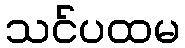
သင်ပထမ